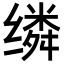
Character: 𬙈